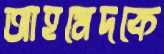
আহমেদকে